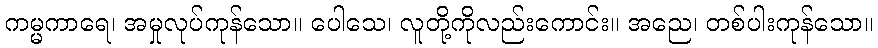
ကမ္မကာရေ၊ အမှုလုပ်ကုန်သော။ ပေါသေ၊ လူတို့ကိုလည်းကောင်း။ အညေ၊ တစ်ပါးကုန်သော။